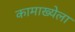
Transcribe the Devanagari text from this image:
कामाख्येला